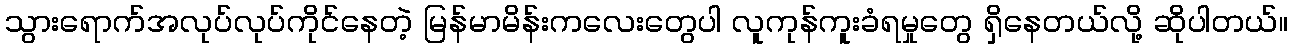
သွားရောက်အလုပ်လုပ်ကိုင်နေတဲ့ မြန်မာမိန်းကလေးတွေပါ လူကုန်ကူးခံရမှုတွေ ရှိနေတယ်လို့ ဆိုပါတယ်။